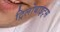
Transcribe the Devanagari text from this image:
ट्रिलोबाइट्स